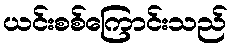
ယင်းစစ်ကြောင်းသည်